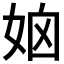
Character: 𡜧